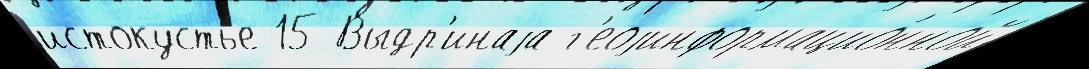
истокустье 15 Выдр'инаjа г'еоjинформацио́нной